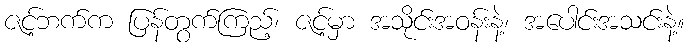
ဇင့်ဘက်က ပြန်တွက်ကြည့်၊ ဇင့်မှာ အသိုင်းအဝန်းနဲ့၊ အပေါင်းအသင်းနဲ့။